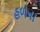
હળના